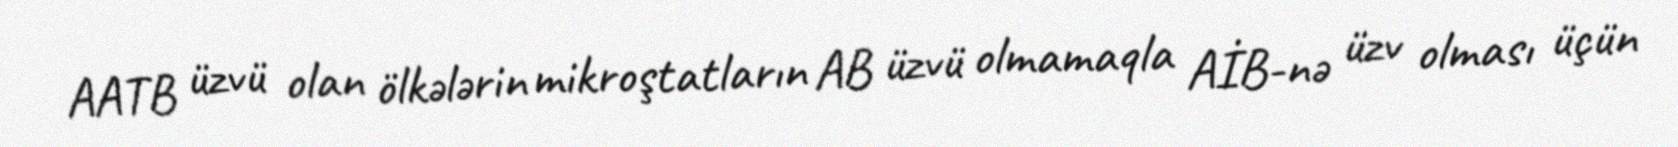
AATB üzvü olan ölkələrin mikroştatların AB üzvü olmamaqla AİB-nə üzv olması üçün